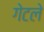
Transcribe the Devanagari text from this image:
गेटले